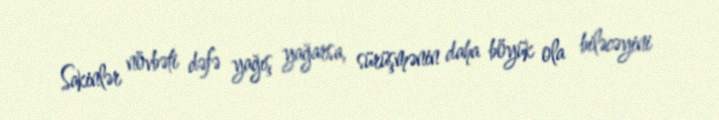
Sakinlər növbəti dəfə yağış yağarsa, sürüşmənin daha böyük ola biləcəyini